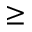
\geq